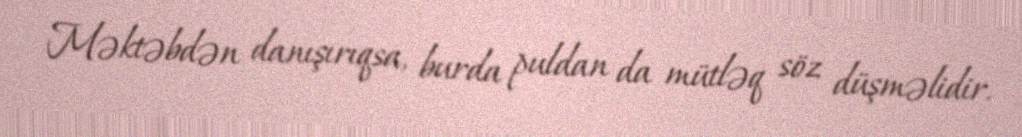
Məktəbdən danışırıqsa, burda puldan da mütləq söz düşməlidir.